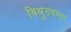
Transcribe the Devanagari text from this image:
विश्रुतवन्ता